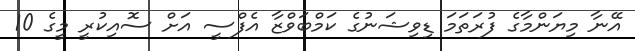
އޭނާ މިޔަންމާގެ ފުރަތަމަ ޑިވިޝަނުގެ ކަމްބަވްޒާ އެފްސީ އަށް ސޮއިކުރީ މީގެ 10